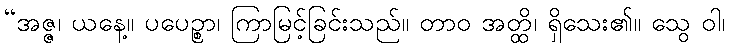
“အဇ္ဇ၊ ယနေ့။ ပပေဉ္စာ၊ ကြာမြင့်ခြင်းသည်။ တာဝ အတ္ထိ၊ ရှိသေး၏။ သွေ ဝါ၊